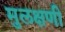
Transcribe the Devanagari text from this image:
मुलक्षणी